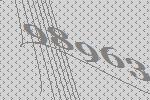
98963